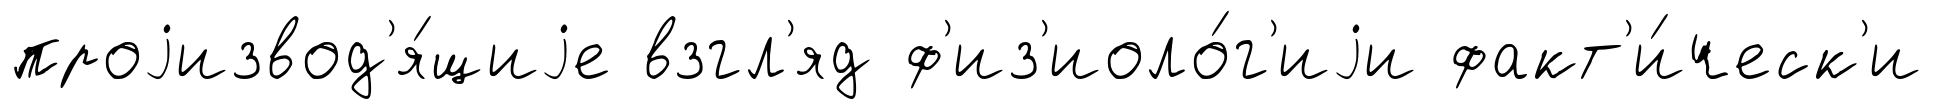
проjизвод'я́щиjе взгл'яд ф'из'иоло́г'иjи факт'и́ческ'и